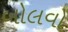
બોલવો